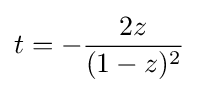
t=-{\frac {2z}{(1-z)^{2}}}